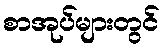
စာအုပ်များတွင်